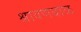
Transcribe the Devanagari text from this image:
श्रावणबाळ